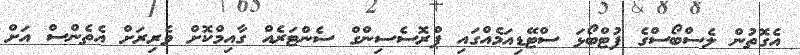
އެގޮތުން ލެސްބޯސްގެ ފުޓްބޯޅަ ސްޓޭޑިއަމެއްގައި ޕްރޮސެސިންގް ސެންޓަރެއް ގާއިމްކޮށް ވެރިރަށް އެތެންސް އަށް